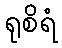
ရုစိရံ